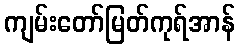
ကျမ်းတော်မြတ်ကုရ်အာန်